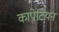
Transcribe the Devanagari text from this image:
कापेटियन